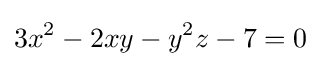
3x^{2}-2xy-y^{2}z-7=0